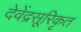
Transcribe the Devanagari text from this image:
देवेंद्रसूरिकृत